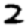
Digit: 2